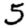
Digit: 5